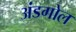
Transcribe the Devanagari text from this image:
अंडगोल